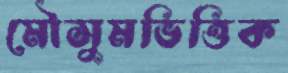
মৌসুমভিত্তিক